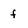
Character: f